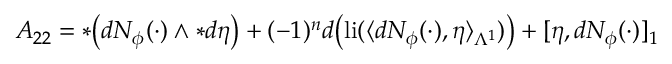
A _ { 2 2 } = \ast \big ( d N _ { \phi } ( \cdot ) \wedge \ast d \eta \big ) + ( - 1 ) ^ { n } d \big ( \mathrm { l i } ( \langle d N _ { \phi } ( \cdot ) , \eta \rangle _ { \Lambda ^ { 1 } } ) \big ) + [ \eta , d N _ { \phi } ( \cdot ) ] _ { 1 }